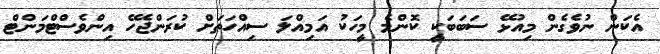
އެކަން ނުވެގެން މިއުޅޭ ސަބަބަކީ ކޮންމެ މީހަކު އަމިއްލަ ސިއްހަތަށް ކުރަންޖެހޭ އިންވެސްޓްމަންޓް